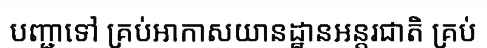
បញ្ជាទៅ គ្រប់អាកាសយានដ្ឋានអន្តរជាតិ គ្រប់